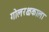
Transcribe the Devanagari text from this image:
गोलरक्षकाला